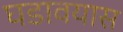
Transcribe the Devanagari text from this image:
घडावयास